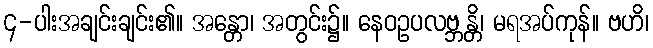
၄-ပါးအချင်းချင်း၏။ အန္တော၊ အတွင်း၌။ နေဝဥပလဗ္ဘန္တိ၊ မရအပ်ကုန်။ ဗဟိ၊